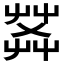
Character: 𦱹